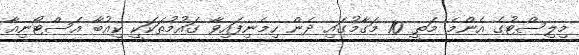
މިލިސްޓުގެ އެންމެ މަތީ 10 މަގާމުގައި ދެން ހިމެނިފައިވާ ގައުމުތަކަކީ ކިއުބާ އެސްޓޯނިއާ